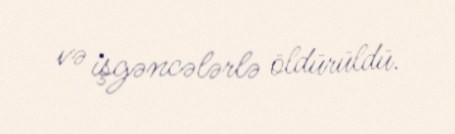
və işgəncələrlə öldürüldü.